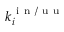
k _ { i } ^ { \mathrm { ~ i ~ n ~ / ~ u ~ u ~ } }